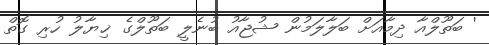
' ބަތޫލްއާ ދިމާއަށް ބަލާލަމުން ޝުޖާއު ބުނެލީ ބަތޫލްގެ ޚިޔާލު ހުރި ގޮތް